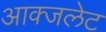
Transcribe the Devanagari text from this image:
आक्जलेट